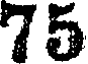
75